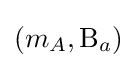
(m_{A},\mathrm {B} _{a})